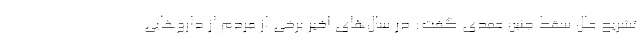
تشریح علل سقط جنین عمدی گفت: در سال‌‌های اخیر برخی از مردم از داروهایی